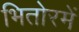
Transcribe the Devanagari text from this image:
भितोरमें